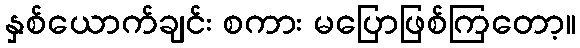
နှစ်ယောက်ချင်း စကား မပြောဖြစ်ကြတော့။